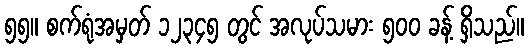
၅၅။ စက်ရုံအမှတ် ၁၂၃၄၅ တွင် အလုပ်သမား ၅၀၀ ခန့် ရှိသည်။